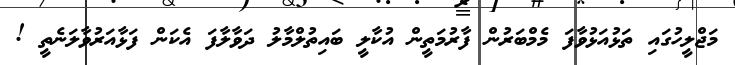
މަޖްލީހުގައި ތަޅުއަޅުވާފަ މެމްބަރުން ފާރުމަތީން އުކާލީ ބައިތުލްމާލު ދަވާލާފަ އެކަން ފަޅާއަރުވާލަނެތީ !